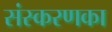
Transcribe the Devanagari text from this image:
संस्‍करणका